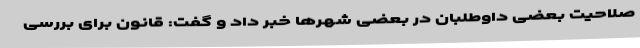
صلاحیت‌ بعضی داوطلبان در بعضی شهرها خبر داد و گفت: قانون برای بررسی